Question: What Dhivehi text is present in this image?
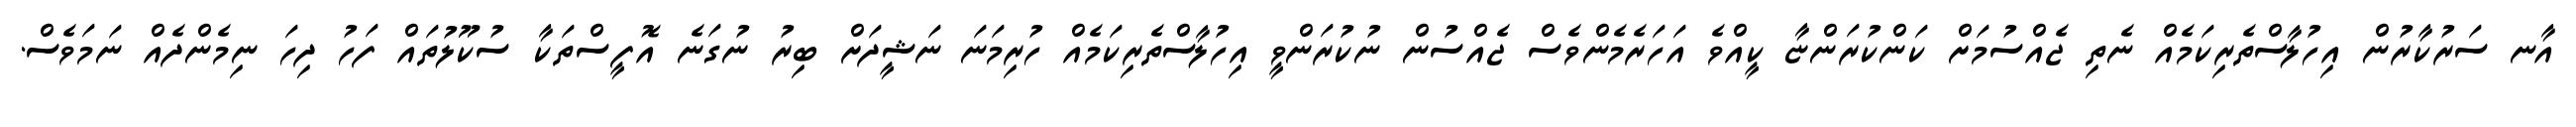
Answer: އާނ ސަރުކާރުން އިހުލާސްތެރިކަމެއް ނެތި ޖެއްސުމަށް ކަންކުރަންޏާ ކީއްވެ އަހަރެމެންވެސް ޖެއްސުން ނުކުރަންވީ އިހުލާސްތެރިކަމެއް ހުރިމަނަ ނަޝީދަށް ބިރު ނުގަނެ އޮފީސްތަކާ ސުކޫލުތައް ފަހު ދިހަ ނިމެންދެއް ނަމަވެސް.